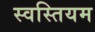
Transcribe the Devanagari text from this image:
स्वस्तियम